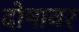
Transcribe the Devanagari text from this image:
दोषावर